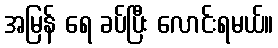
အမြန် ရေ ခပ်ပြီး လောင်းရမယ်။